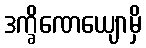
ဒက္ခိဏေယျောမှိ